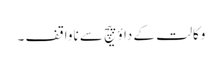
وکالت کے داؤ پیچ سے ناواقف ۔